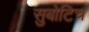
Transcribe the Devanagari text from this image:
सुबोटिच